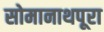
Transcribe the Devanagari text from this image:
सोमानाथपूरा